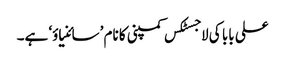
علی بابا کی لاجسٹکس کمپنی کا نام ’سائنیاؤ‘ ہے۔